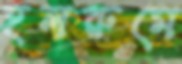
হলরুমে